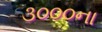
૩૦૦૦ના